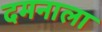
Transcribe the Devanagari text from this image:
दमनाला